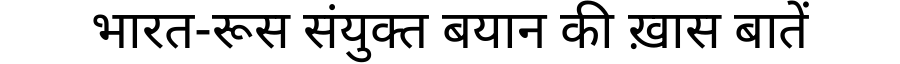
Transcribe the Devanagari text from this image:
भारत-रूस संयुक्त बयान की ख़ास बातें